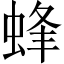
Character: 蜂